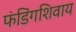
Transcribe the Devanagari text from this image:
फंडिंगशिवाय